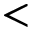
<